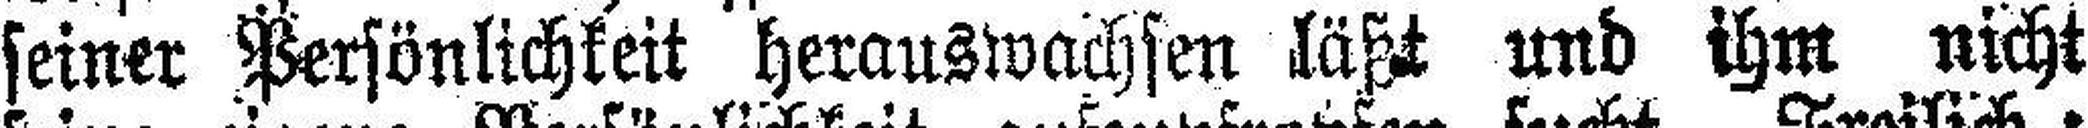
seiner Persönlichkeit herauswachsen läßt und ihm nicht